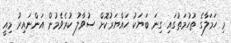
މި ހަމަލާގެ ތުހުމަތުގައި ގިނަ ބަޔަކު ހައްޔަރުކޮށް ސުވާލު ކުރެވެމުން އަންނައިރު މިއީ